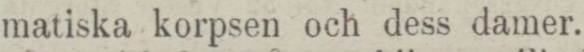
matiska korpsen och dess damer.